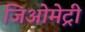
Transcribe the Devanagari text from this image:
जिअोमेट्री